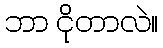
ဘာ ငိုတာလဲ။